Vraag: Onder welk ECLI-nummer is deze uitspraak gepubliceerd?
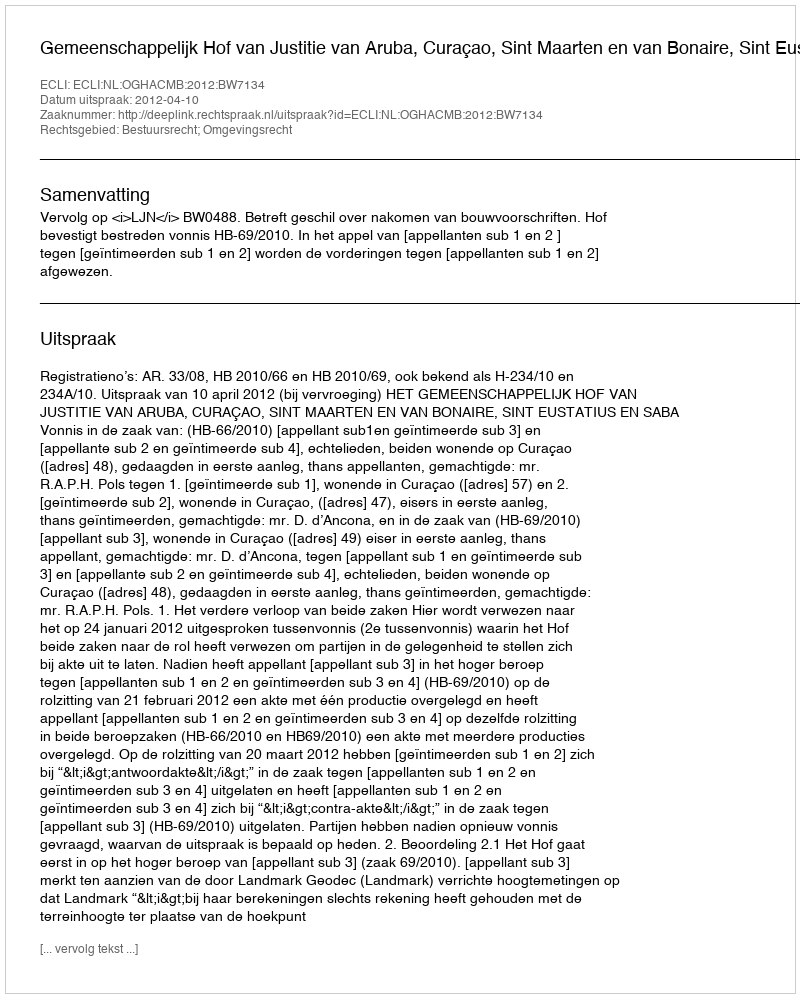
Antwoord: ECLI:NL:OGHACMB:2012:BW7134